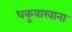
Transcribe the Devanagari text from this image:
धकुवाखाना